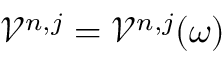
\mathcal { V } ^ { n , j } = \mathcal { V } ^ { n , j } ( \omega )